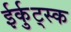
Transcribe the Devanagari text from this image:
ईर्कुट्स्क